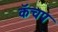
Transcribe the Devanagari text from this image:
कॅचप